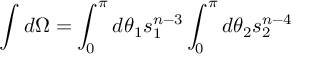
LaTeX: \int d \Omega = \int _ { 0 } ^ { \pi } d \theta _ { 1 } s _ { 1 } ^ { n - 3 } \int _ { 0 } ^ { \pi } d \theta _ { 2 } s _ { 2 } ^ { n - 4 }